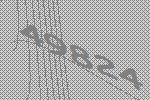
49824